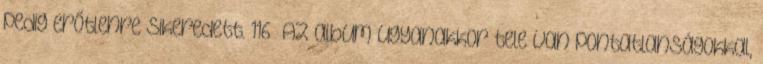
pedig erőtlenre sikeredett. 116 Az album ugyanakkor tele van pontatlanságokkal,